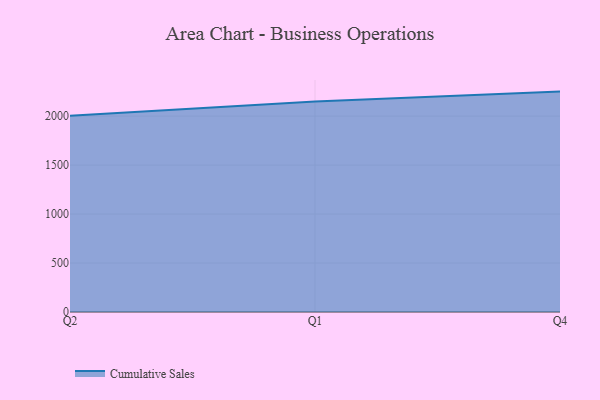
{"axis": {"x": "Quarter", "y": "Website Visitors"}, "legend": ["Cumulative Sales"], "data": [{"x": "Q2", "y": 2004.6, "type": "Cumulative Sales"}, {"x": "Q1", "y": 2149.9, "type": "Cumulative Sales"}, {"x": "Q4", "y": 2250.3, "type": "Cumulative Sales"}]}